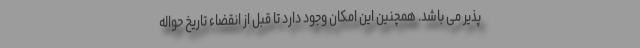
پذیر می باشد. همچنین این امکان وجود دارد تا قبل از انقضاء تاریخ حواله